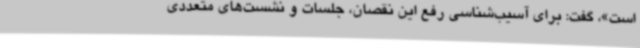
است»، گفت: برای آسیب‌شناسی رفع این نقصان، جلسات و نشست‌های متعددی